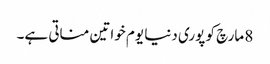
8 مارچ کو پوری دنیا یوم خواتین مناتی ہے۔